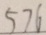
5 7 6